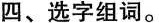
四、选字组词。